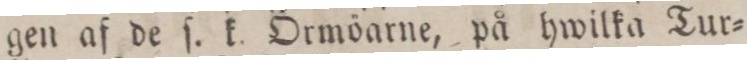
gen af de ſ. k. Ormöarne, på hwilka Tur=